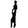
Digit: 1